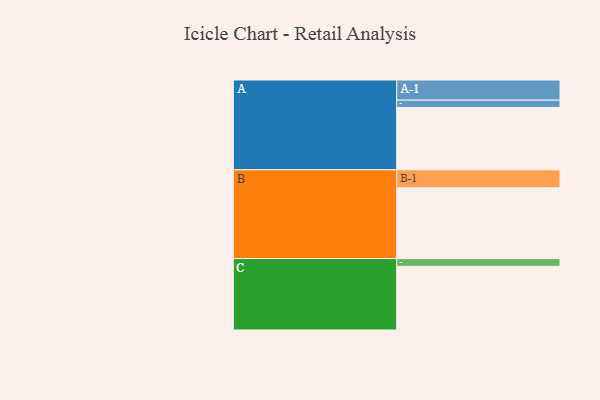
{"axis": {"x": "Segment", "y": "Value"}, "legend": ["", "A", "B", "C"], "data": [{"x": "A", "y": 464, "type": ""}, {"x": "B", "y": 528, "type": ""}, {"x": "C", "y": 474, "type": ""}, {"x": "A-1", "y": 150, "type": "A"}, {"x": "A-2", "y": 55, "type": "A"}, {"x": "B-1", "y": 133, "type": "B"}, {"x": "C-1", "y": 58, "type": "C"}]}